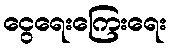
ငွေရေးကြေးရေး